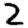
Digit: 2